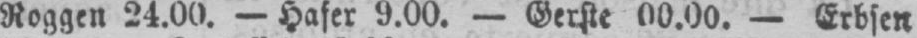
Roggen 24.00. - Hafer 9.00. - Gerste 00.00. - Erbsen